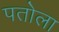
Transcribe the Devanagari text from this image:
पतोला